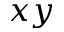
x y